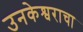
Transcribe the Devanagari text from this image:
उनकेश्वराचा